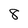
Character: 8